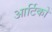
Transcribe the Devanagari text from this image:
आर्टिको